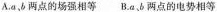
A.a、b两点的场强相等 B.a、b两点的电势相等